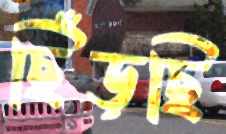
ছিঁড়ছি